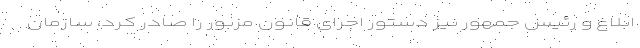
ابلاغ و رئیس جمهور نیز دستور اجرای قانون مزبور را صادر کرد، سازمان